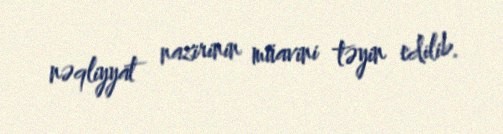
nəqliyyat nazirinin müavini təyin edilib.